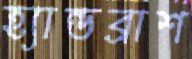
হ্যান্ডব্রাশ